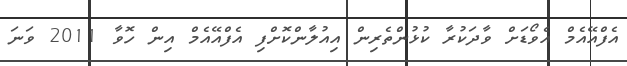
އެފްއޭއެމް އެވޯޑަށް ވާދަކުރާ ކުޅުންތެރިން އިއުލާންކޮށްފި އެފްއޭއެމް އިން ހޮވާ 2011 ވަނަ